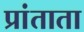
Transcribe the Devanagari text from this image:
प्रांताता